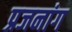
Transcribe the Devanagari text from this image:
प्रजनांग